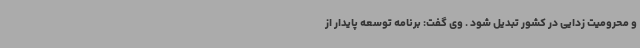
و محرومیت زدایی در کشور تبدیل شود . وی گفت: برنامه توسعه پایدار از